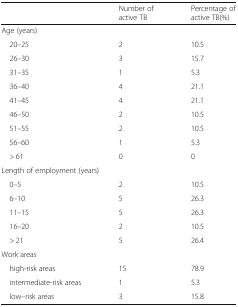
<table><thead><tr><td></td><td><b>Number of active TB</b></td><td><b>Percentage of active TB(%)</b></td></tr></thead><tbody><tr><td colspan="3">Age (years)</td></tr><tr><td> 20–25</td><td>2</td><td>10.5</td></tr><tr><td> 26–30</td><td>3</td><td>15.7</td></tr><tr><td> 31–35</td><td>1</td><td>5.3</td></tr><tr><td> 36–40</td><td>4</td><td>21.1</td></tr><tr><td> 41–45</td><td>4</td><td>21.1</td></tr><tr><td> 46–50</td><td>2</td><td>10.5</td></tr><tr><td> 51–55</td><td>2</td><td>10.5</td></tr><tr><td> 56–60</td><td>1</td><td>5.3</td></tr><tr><td> &gt; 61</td><td>0</td><td>0</td></tr><tr><td colspan="3">Length of employment (years)</td></tr><tr><td> 0–5</td><td>2</td><td>10.5</td></tr><tr><td> 6–10</td><td>5</td><td>26.3</td></tr><tr><td> 11–15</td><td>5</td><td>26.3</td></tr><tr><td> 16–20</td><td>2</td><td>10.5</td></tr><tr><td> &gt; 21</td><td>5</td><td>26.4</td></tr><tr><td colspan="3">Work areas</td></tr><tr><td> high-risk areas</td><td>15</td><td>78.9</td></tr><tr><td> intermediate-risk areas</td><td>1</td><td>5.3</td></tr><tr><td> low--risk areas</td><td>3</td><td>15.8</td></tr></tbody></table>